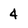
Character: 4